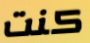
كنت